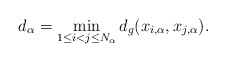
\begin{align*}d_\alpha=\min_{1\leq i<j \leq N_\alpha} d_g(x_{i,\alpha},x_{j,\alpha}).\end{align*}